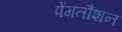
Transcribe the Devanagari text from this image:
पेंगतौशन